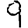
Digit: 9